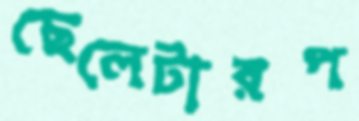
ছেলেটারপ